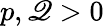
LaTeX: p,\mathscr{Q}>0